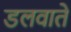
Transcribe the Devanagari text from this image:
डलवाते